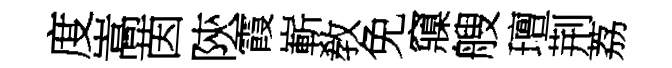
度嵩茵陝霞嶄敎免䆿艘璮荆荔